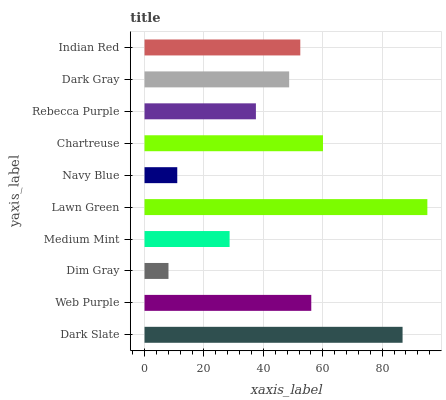
| yaxis_label | bars |
 | --- | --- |
 | Dark Slate | 86.9 |
 | Web Purple | 56.1 |
 | Dim Gray | 8.06 |
 | Medium Mint | 28.6 |
 | Lawn Green | 95.2 |
 | Navy Blue | 11 |
 | Chartreuse | 60.1 |
 | Rebecca Purple | 37.5 |
 | Dark Gray | 48.7 |
 | Indian Red | 52.4 |